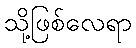
သို့ဖြစ်လေရာ